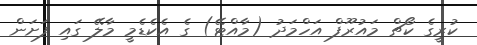
ކުރީގެ ކޯޗް މައުރޫފް އަހްމަދު (މާއްޓޭ) ގެ އެކެޑެމީ މާލޭ ގައި ފަށަން